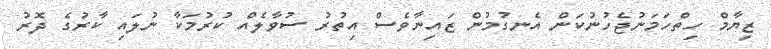
ޒިޔާމް ހިތްހަމަނުޖެހުނުކަން އެނގުމުން ޒައިނާވެސް އިތުރު ސުވާލެއް ކުރުމަކާ ނުލައި ކާރުގެ ދޮރު